Indian journal of veterinary science and animal husbandry - Volume 5,
Year: 1935
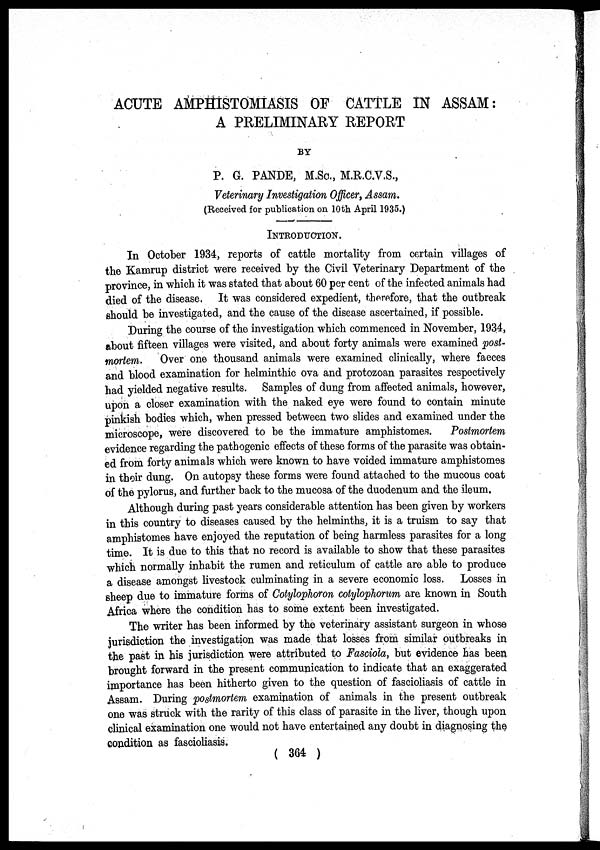
ACUTE AMPHISTOMIASIS OF CATTLE IN ASSAM:
A PRELIMINARY REPORT
BY
P. G. PANDE, M.Sc., M.R.C.V.S.,
Veterinary Investigation Officer, Assam.
(Received for publication on 10th April 1935.)
INTRODUCTION.
In October 1934, reports of cattle mortality from certain villages of
the Kamrup district were received by the Civil Veterinary Department of the
province, in which it was stated that about 60 per cent of the infected animals had
died of the disease. It was considered expedient, therefore, that the outbreak
should be investigated, and the cause of the disease ascertained, if possible.
During the course of the investigation which commenced in November, 1934,
about fifteen villages were visited, and about forty animals were examined post-
mortem. Over one thousand animals were examined clinically, where faeces
and blood examination for helminthic ova and protozoan parasites respectively
had yielded negative results. Samples of dung from affected animals, however,
upon a closer examination with the naked eye were found to contain minute
pinkish bodies which, when pressed between two slides and examined under the
microscope, were discovered to be the immature amphistomes. Postmortem
evidence regarding the pathogenic effects of these forms of the parasite was obtain-
ed from forty animals which were known to have voided immature amphistomes
in their dung. On autopsy these forms were found attached to the mucous coat
of the pylorus, and further back to the mucosa of the duodenum and the ileum.
Although during past years considerable attention has been given by workers
in this country to diseases caused by the helminths, it is a truism to say that
amphistomes have enjoyed the reputation of being harmless parasites for a long
time. It is due to this that no record is available to show that these parasites
which normally inhabit the rumen and reticulum of cattle are able to produce
a disease amongst livestock culminating in a severe economic loss. Losses in
sheep due to immature forms of Cotylophoron cotylophorum are known in South
Africa where the condition has to some extent been investigated.
The writer has been informed by the veterinary assistant surgeon in whose
jurisdiction the investigation was made that losses from similar outbreaks in
the past in his jurisdiction were attributed to Fasciola, but evidence has been
brought forward in the present communication to indicate that an exaggerated
importance has been hitherto given to the question of fascioliasis of cattle in
Assam. During postmortem examination of animals in the present outbreak
one was struck with the rarity of this class of parasite in the liver, though upon
clinical examination one would not have entertained any doubt in diagnosing the
condition as fascioliasis.
( 364 )